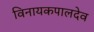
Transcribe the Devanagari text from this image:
विनायकपालदेव